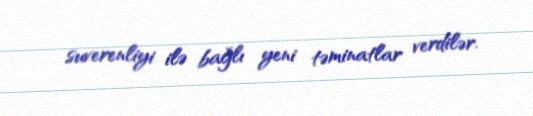
suverenliyi ilə bağlı yeni təminatlar verdilər.